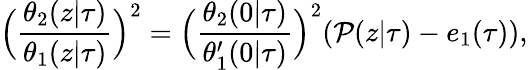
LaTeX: \Big(\frac{\theta_{2}(z|\tau)}{\theta_{1}(z|\tau)}\Big)^{2}=\Big(\frac{\theta_{2}(0|\tau)}{\theta_{1}^{\prime}(0|\tau)}\Big)^{2}({\cal P}(z|\tau)-e_{1}(\tau)),